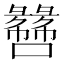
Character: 𫬫